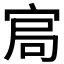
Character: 𡨅